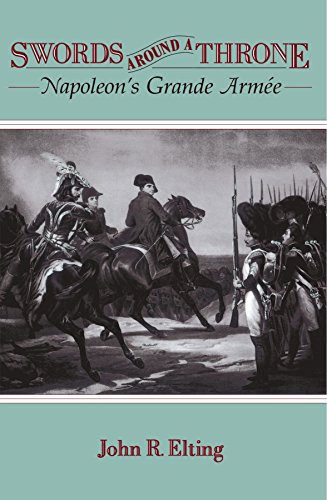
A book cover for Swords Around A Throne; John R. Elting; History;